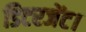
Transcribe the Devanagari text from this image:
डिटरजेंट।